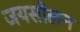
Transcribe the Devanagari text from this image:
जयसीलन